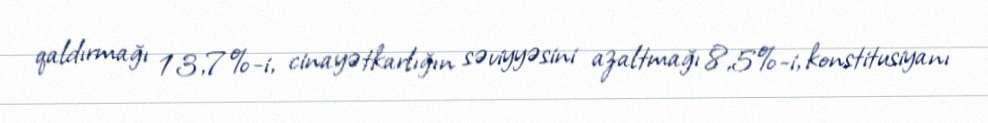
qaldırmağı 13,7%-i, cinayətkarlığın səviyyəsini azaltmağı 8,5%-i, konstitusiyanı